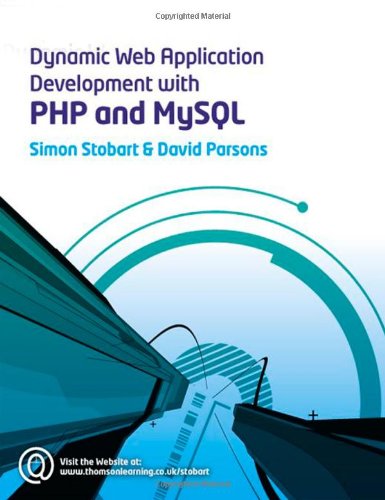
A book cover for Dynamic Web Application Development Using PHP and MySQL; Simon Stobart; Computers & Technology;